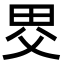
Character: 𤱀